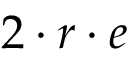
\, 2 \cdot r \cdot e